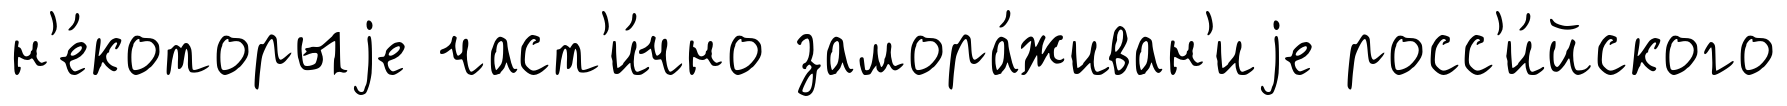
н'е́которыjе част'и́чно замора́живан'иjе росс'и́йского